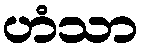
ဟံသာ